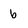
Character: b